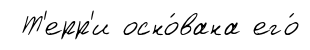
Т'ерр'и осно́вана его́